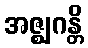
အဇ္ဈဂန္တိ